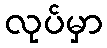
လုပ်မှာ